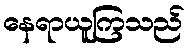
နေရာယူကြသည်